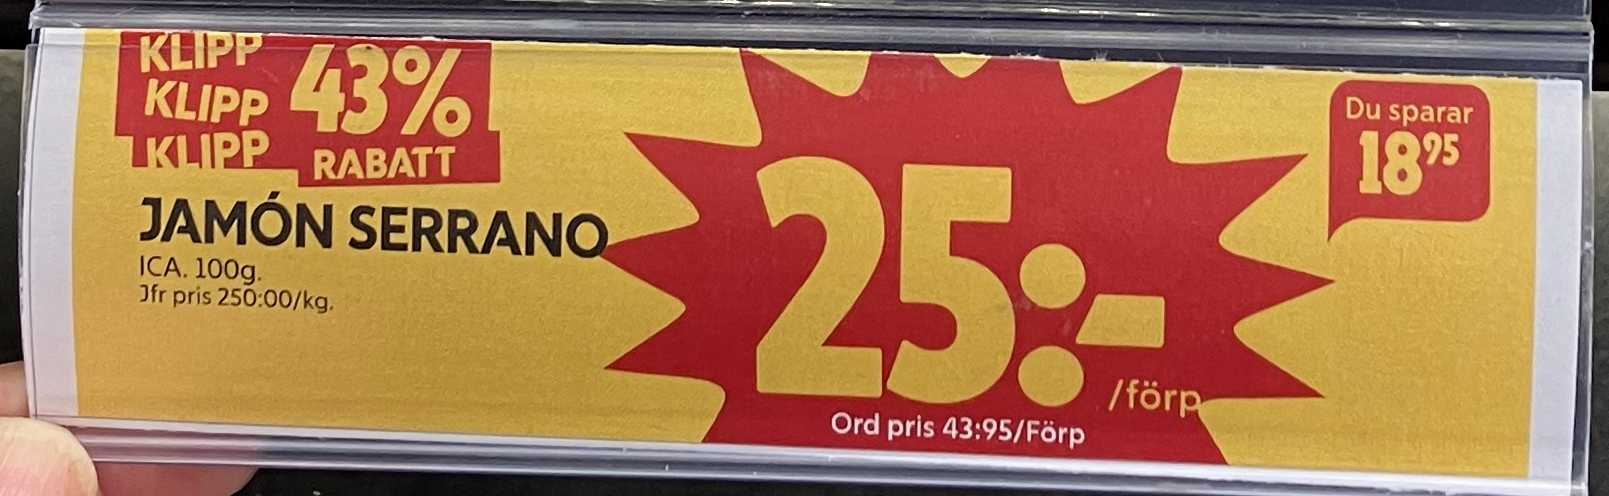
Vara: Jamón Serrano
Genomsnittspris: 250 per kg